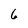
Character: 6